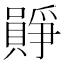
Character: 𪢛